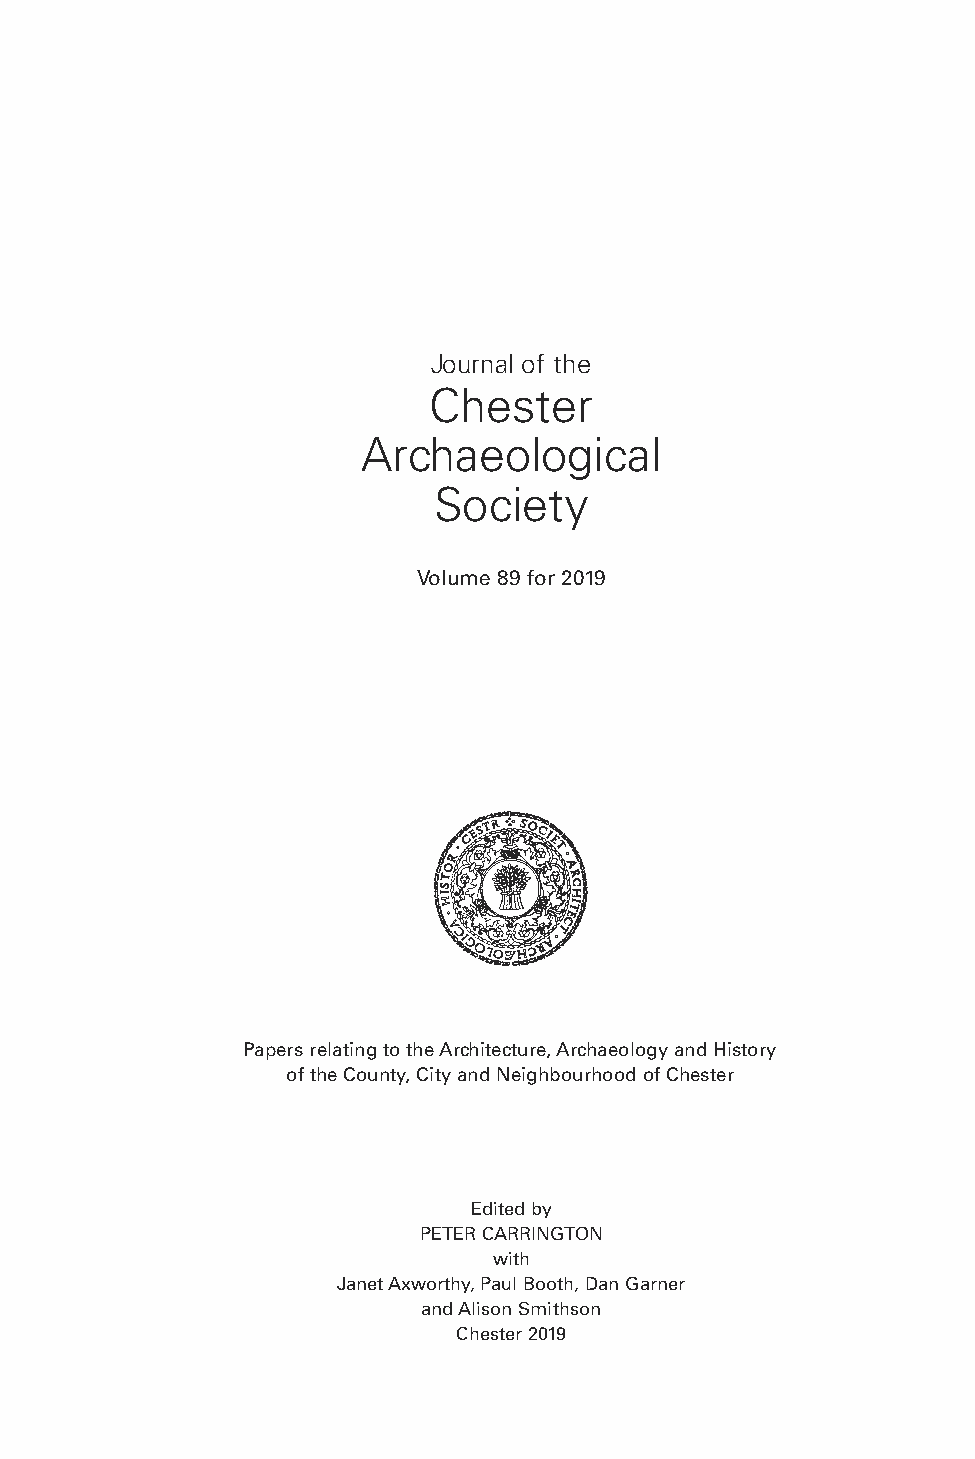
Journal of the
 Chester
 Archaeological
 Society
 Volume 89 for 2019
 Papers relating to the Architecture, Archaeology and History
 of the County, City and Neighbourhood of Chester
 Edited by
 PETER CARRINGTON
 with
 Janet Axworthy, Paul Booth, Dan Garner
 and Alison Smithson
 Chester 2019